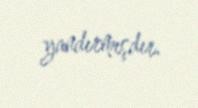
yandırmışdır.